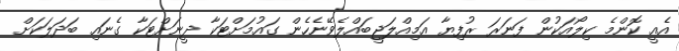
އެއީ ކޮންމެ ކިލޯއަކުން ފަނަރަ ރުފިޔާ އަމިއްލަޖީބައްލެވޭނެހެން ގައުމަށްޓަކާ ދީނަށްޓަކާ ގެނައި ބަދަލަކަށް